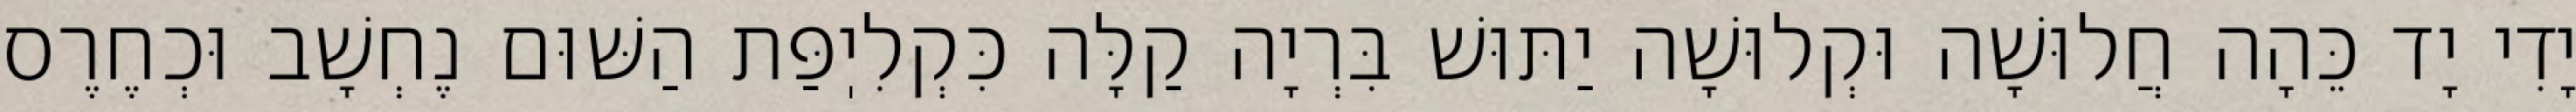
יָדִי יָד כֵּהָה חֲלוּשָׁה וּקְלוּשָׁה יַתּוּשׁ בִּרְיָה קַלָּה כִּקְלִיֽפַּת הַשּׁוּם נֶחְשָׁב וּכְחֶרֶס